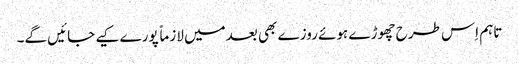
تاہم اِس طرح چھوڑے ہوئے روزے بھی بعدمیں لازماً پورے کیے جائیں گے۔